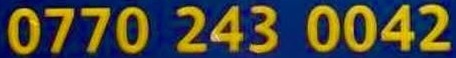
0770 243 0042